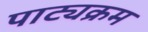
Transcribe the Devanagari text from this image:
पाट्यक्रम